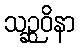
သဉ္ဆဝိနာ